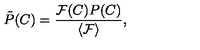
\tilde { P } ( C ) = \frac { \mathcal { F } ( C ) P ( C ) } { \langle \mathcal { F } \rangle } ,